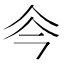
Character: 𠇏